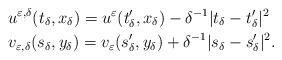
LaTeX: \begin{align*}&u^{\varepsilon,\delta}(t_\delta,x_\delta)=u^\varepsilon(t_\delta',x_\delta)-\delta^{-1}|t_\delta-t_\delta'|^2\quad\\&v_{\varepsilon,\delta}(s_\delta,y_\delta)=v_\varepsilon(s_\delta',y_\delta)+\delta^{-1}|s_\delta-s_\delta'|^2.\end{align*}